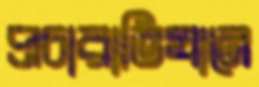
প্রচারাভিযানে